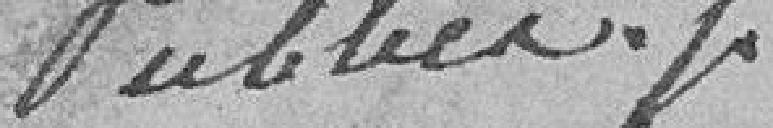
publics.